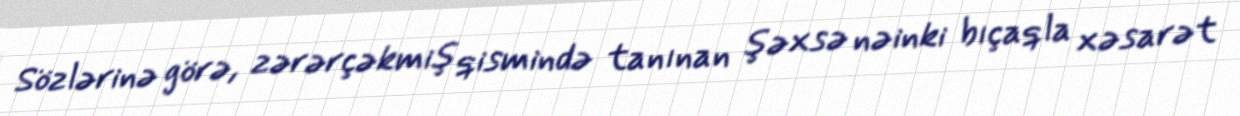
Sözlərinə görə, zərərçəkmiş qismində tanınan şəxsə nəinki bıçaqla xəsarət